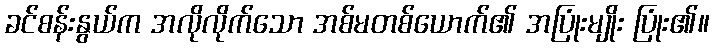
ခင်စန်းနွယ်က အလိုလိုက်သော အစ်မတစ်ယောက်၏ အပြုံးမျိုး ပြုံး၏။